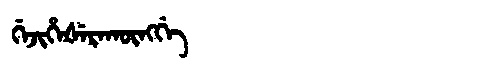
Manchu: ᡤᡝᠵᡳᡥᡝᡧᡝᡵᠠᡴᡡᠩᡤᡝ
Romanization: GEJIHEŠERAKŪNGGE